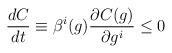
LaTeX: \begin{align*}\frac{d C}{d t}\equiv\beta^{i}(g) \frac{\partial C(g)}{\partial g^{i}} \leq 0\end{align*}